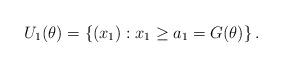
LaTeX: \begin{align*}U_1(\theta) = \left\{(x_1) : x_1 \geq a_1 = G(\theta) \right\}. \end{align*}